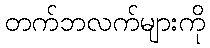
တက်ဘလက်များကို